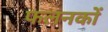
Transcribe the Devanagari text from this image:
फलनकों